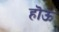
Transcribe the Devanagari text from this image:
हॊऊ